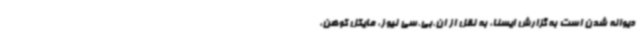
دیوانه شدن است به گزارش ایسنا، به نقل از ان.بی.سی نیوز، مایکل کوهن،